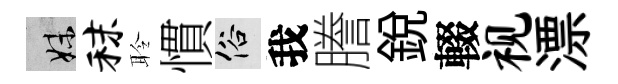
妹秣聆慣俗我謄銳輟视漂